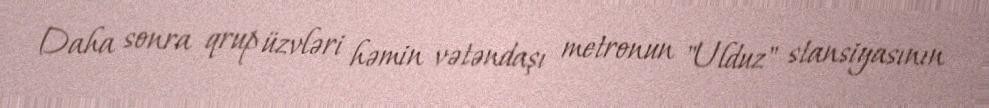
Daha sonra qrup üzvləri həmin vətəndaşı metronun "Ulduz" stansiyasının